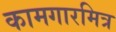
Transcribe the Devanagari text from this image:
कामगारमित्र